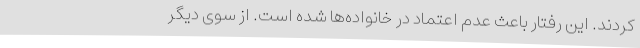
کردند. این رفتار باعث عدم اعتماد در خانواده‌ها شده است. از سوی دیگر